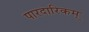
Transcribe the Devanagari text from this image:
पारदारिकम्